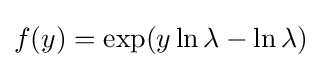
f(y)=\exp(y\ln \lambda -\ln \lambda )